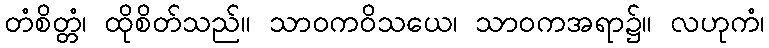
တံစိတ္တံ၊ ထိုစိတ်သည်။ သာဝကဝိသယေ၊ သာဝကအရာ၌။ လဟုကံ၊